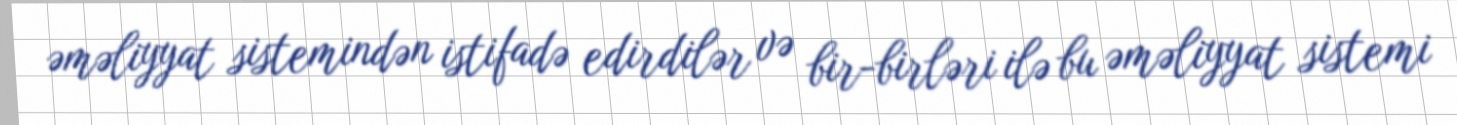
əməliyyat sistemindən istifadə edirdilər və bir-birləri ilə bu əməliyyat sistemi